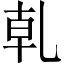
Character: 乹